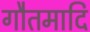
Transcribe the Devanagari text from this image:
गौतमादि